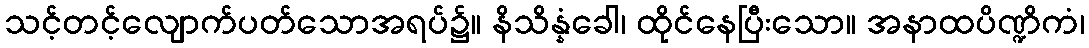
သင့်တင့်လျောက်ပတ်သောအရပ်၌။ နိသိန္နံခေါ၊ ထိုင်နေပြီးသော။ အနာထပိဏ္ဍိကံ၊